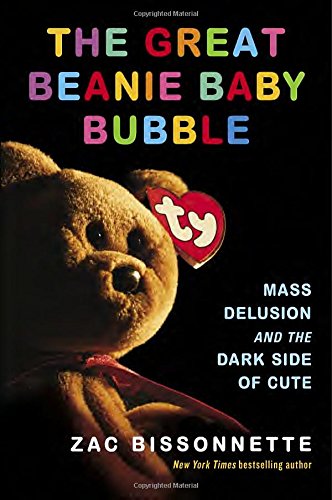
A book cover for The Great Beanie Baby Bubble: Mass Delusion and the Dark Side of Cute; Zac Bissonnette; Crafts, Hobbies & Home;